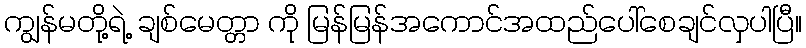
ကျွန်မတို့ရဲ့ ချစ်မေတ္တာ ကို မြန်မြန်အကောင်အထည်ပေါ်စေချင်လှပါပြီ။